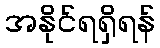
အနိုင်ရရှိရန်